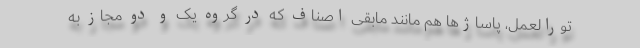
تورالعمل، پاساژ‌ها هم مانند مابقی اصناف که در گروه یک و دو مجاز به